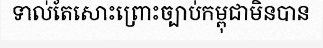
ទាល់តែសោះព្រោះច្បាប់កម្ពុជាមិនបាន